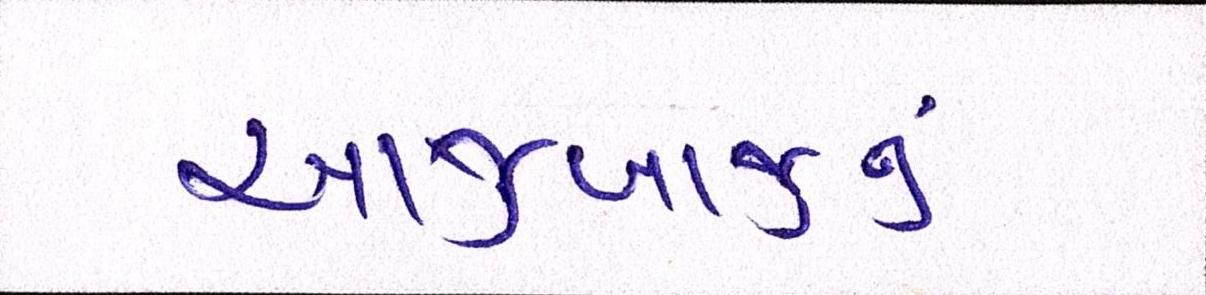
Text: આજુબાજુનું